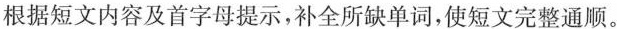
根据短文内容及首字母提示,补全所缺单词,使短文完整通顺。